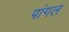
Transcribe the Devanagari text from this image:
पांगल